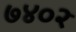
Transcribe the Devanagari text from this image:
७४०२